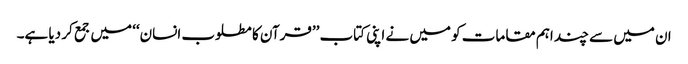
ان میں سے چند اہم مقامات کو میں نے اپنی کتاب ’’قرآن کا مطلوب انسان‘‘ میں جمع کر دیا ہے۔